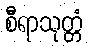
စီရာသုတ္တံ